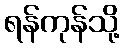
ရန်ကုန်သို့